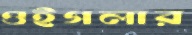
ওইগলার